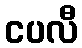
ငပလီ